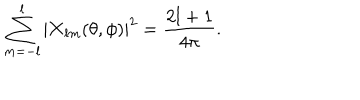
LaTeX: \sum _ { m = - l } ^ { l } | { \bf X } _ { l m } ( \theta , \phi ) | ^ { 2 } = { \frac { 2 l + 1 } { 4 \pi } } .